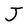
Character: J